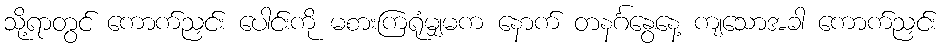
သို့ရာတွင် ကောက်ညှင်း ပေါင်းကို မစားကြရုံမျှမက နောက် တနင်္ဂနွေနေ့ ကျသောအခါ ကောက်ညှင်း